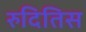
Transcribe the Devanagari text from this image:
रुदितिस